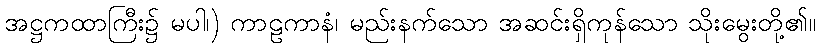
အဋ္ဌကထာကြီး၌ မပါ၊) ကာဠကာနံ၊ မည်းနက်သော အဆင်းရှိကုန်သော သိုးမွေးတို့၏။